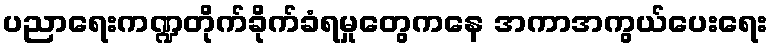
ပညာရေးကဏ္ဍတိုက်ခိုက်ခံရမှုတွေကနေ အကာအကွယ်ပေးရေး